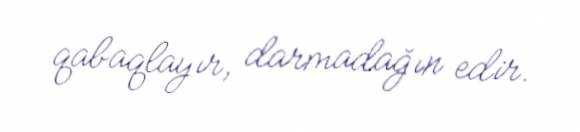
qabaqlayır, darmadağın edir.